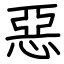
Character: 惡